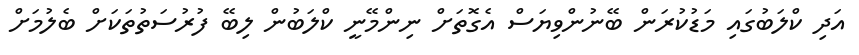
އަދި ކްލަބުގައި މަޑުކުރަން ބޭނުންވިޔަސް އެގޮތަށް ނިންމޭނީ ކްލަބުން ލިބޭ ފުރުސަތުތަކަށް ބެލުމަށް